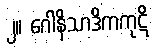
၂။ ဂေါနိသာဒိကကုဋိ